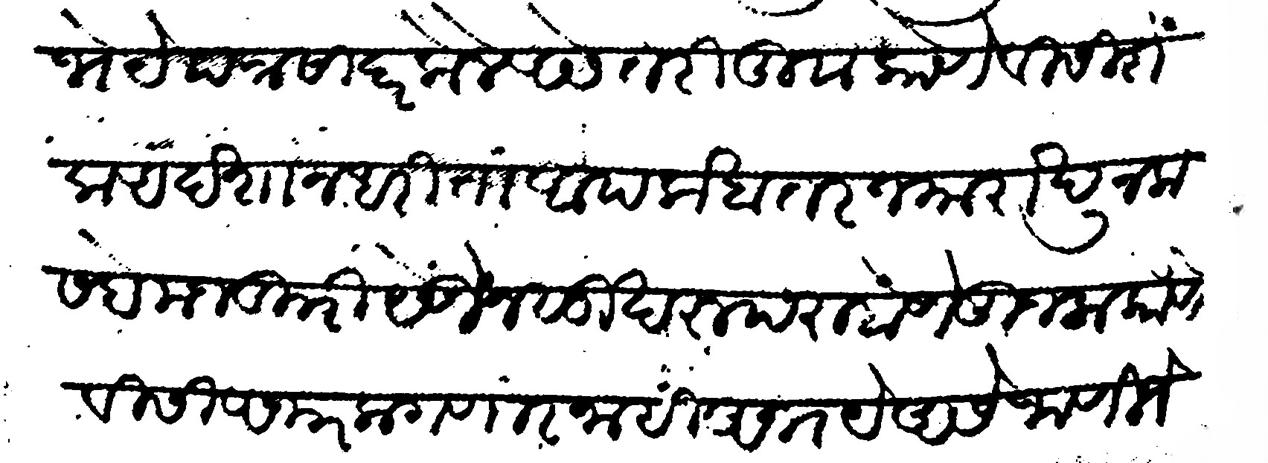
Transliteration (Devanagari): अभेये पत्र सादर केले असे तरी तुवा कोणे विशीशक अदेशा न धरीता आपला खातरजमा राखून कसबे मजकुरी येऊन सुखरूप राहाणे तुजला कोणेविसी आजार लागणार नाही अभये असे जाणिजे